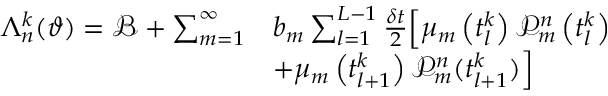
\begin{array} { r l } { \Lambda _ { n } ^ { k } ( \vartheta ) = \mathcal { B } + \sum _ { m = 1 } ^ { \infty } } & { b _ { m } \sum _ { l = 1 } ^ { L - 1 } \frac { \delta t } { 2 } \Big [ \mu _ { m } \left( t _ { l } ^ { k } \right) \mathcal { P } _ { m } ^ { n } \left( t _ { l } ^ { k } \right) } \\ & { + \mu _ { m } \left( t _ { l + 1 } ^ { k } \right) \mathcal { P } _ { m } ^ { n } ( t _ { l + 1 } ^ { k } ) \Big ] } \end{array}